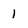
Character: l